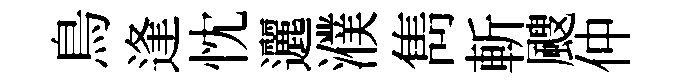
鳥逢忱邐濮雋斬颼仲